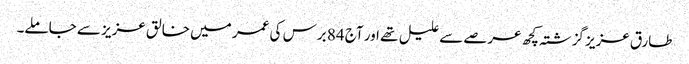
طارق عزیز گزشتہ کچھ عرصے سے علیل تھے اور آج 84 برس کی عمر میں خالق عزیز سے جاملے۔